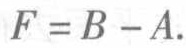
\(F = B - A.\)